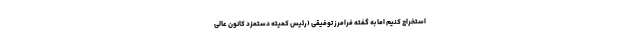
استخراج کنیم اما به گفته فرامرز توفیقی (رئیس کمیته دستمزد کانون عالی